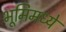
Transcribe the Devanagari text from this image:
भूमिमध्ये